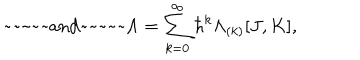
LaTeX: \mathrm { ~ ~ a n d ~ ~ } \Lambda = \sum _ { k = 0 } ^ { \infty } \hbar ^ { k } \Lambda _ { ( k ) } [ J , K ] ,